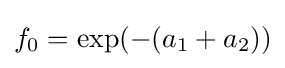
f_{0}=\exp(-(a_{1}+a_{2}))